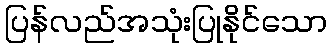
ပြန်လည်အသုံးပြုနိုင်သော